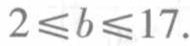
\(2\leqslant b\leqslant 17\)